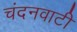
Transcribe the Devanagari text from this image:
चंदनवाटी